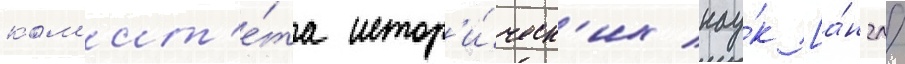
ком'ит'е́та истор'и́ческ'их нау́к [а́нгл.